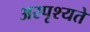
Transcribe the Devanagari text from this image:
अस्पृश्यते